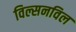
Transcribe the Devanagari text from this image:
विल्सनविल